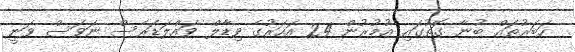
ހަބަރުތައް ބުނާ ގޮތުގައި އުމުރުން 24 އަހަރުގެ ވިޑާލް ވައްލަޑަރެސް ނަވަސް ވަނީ